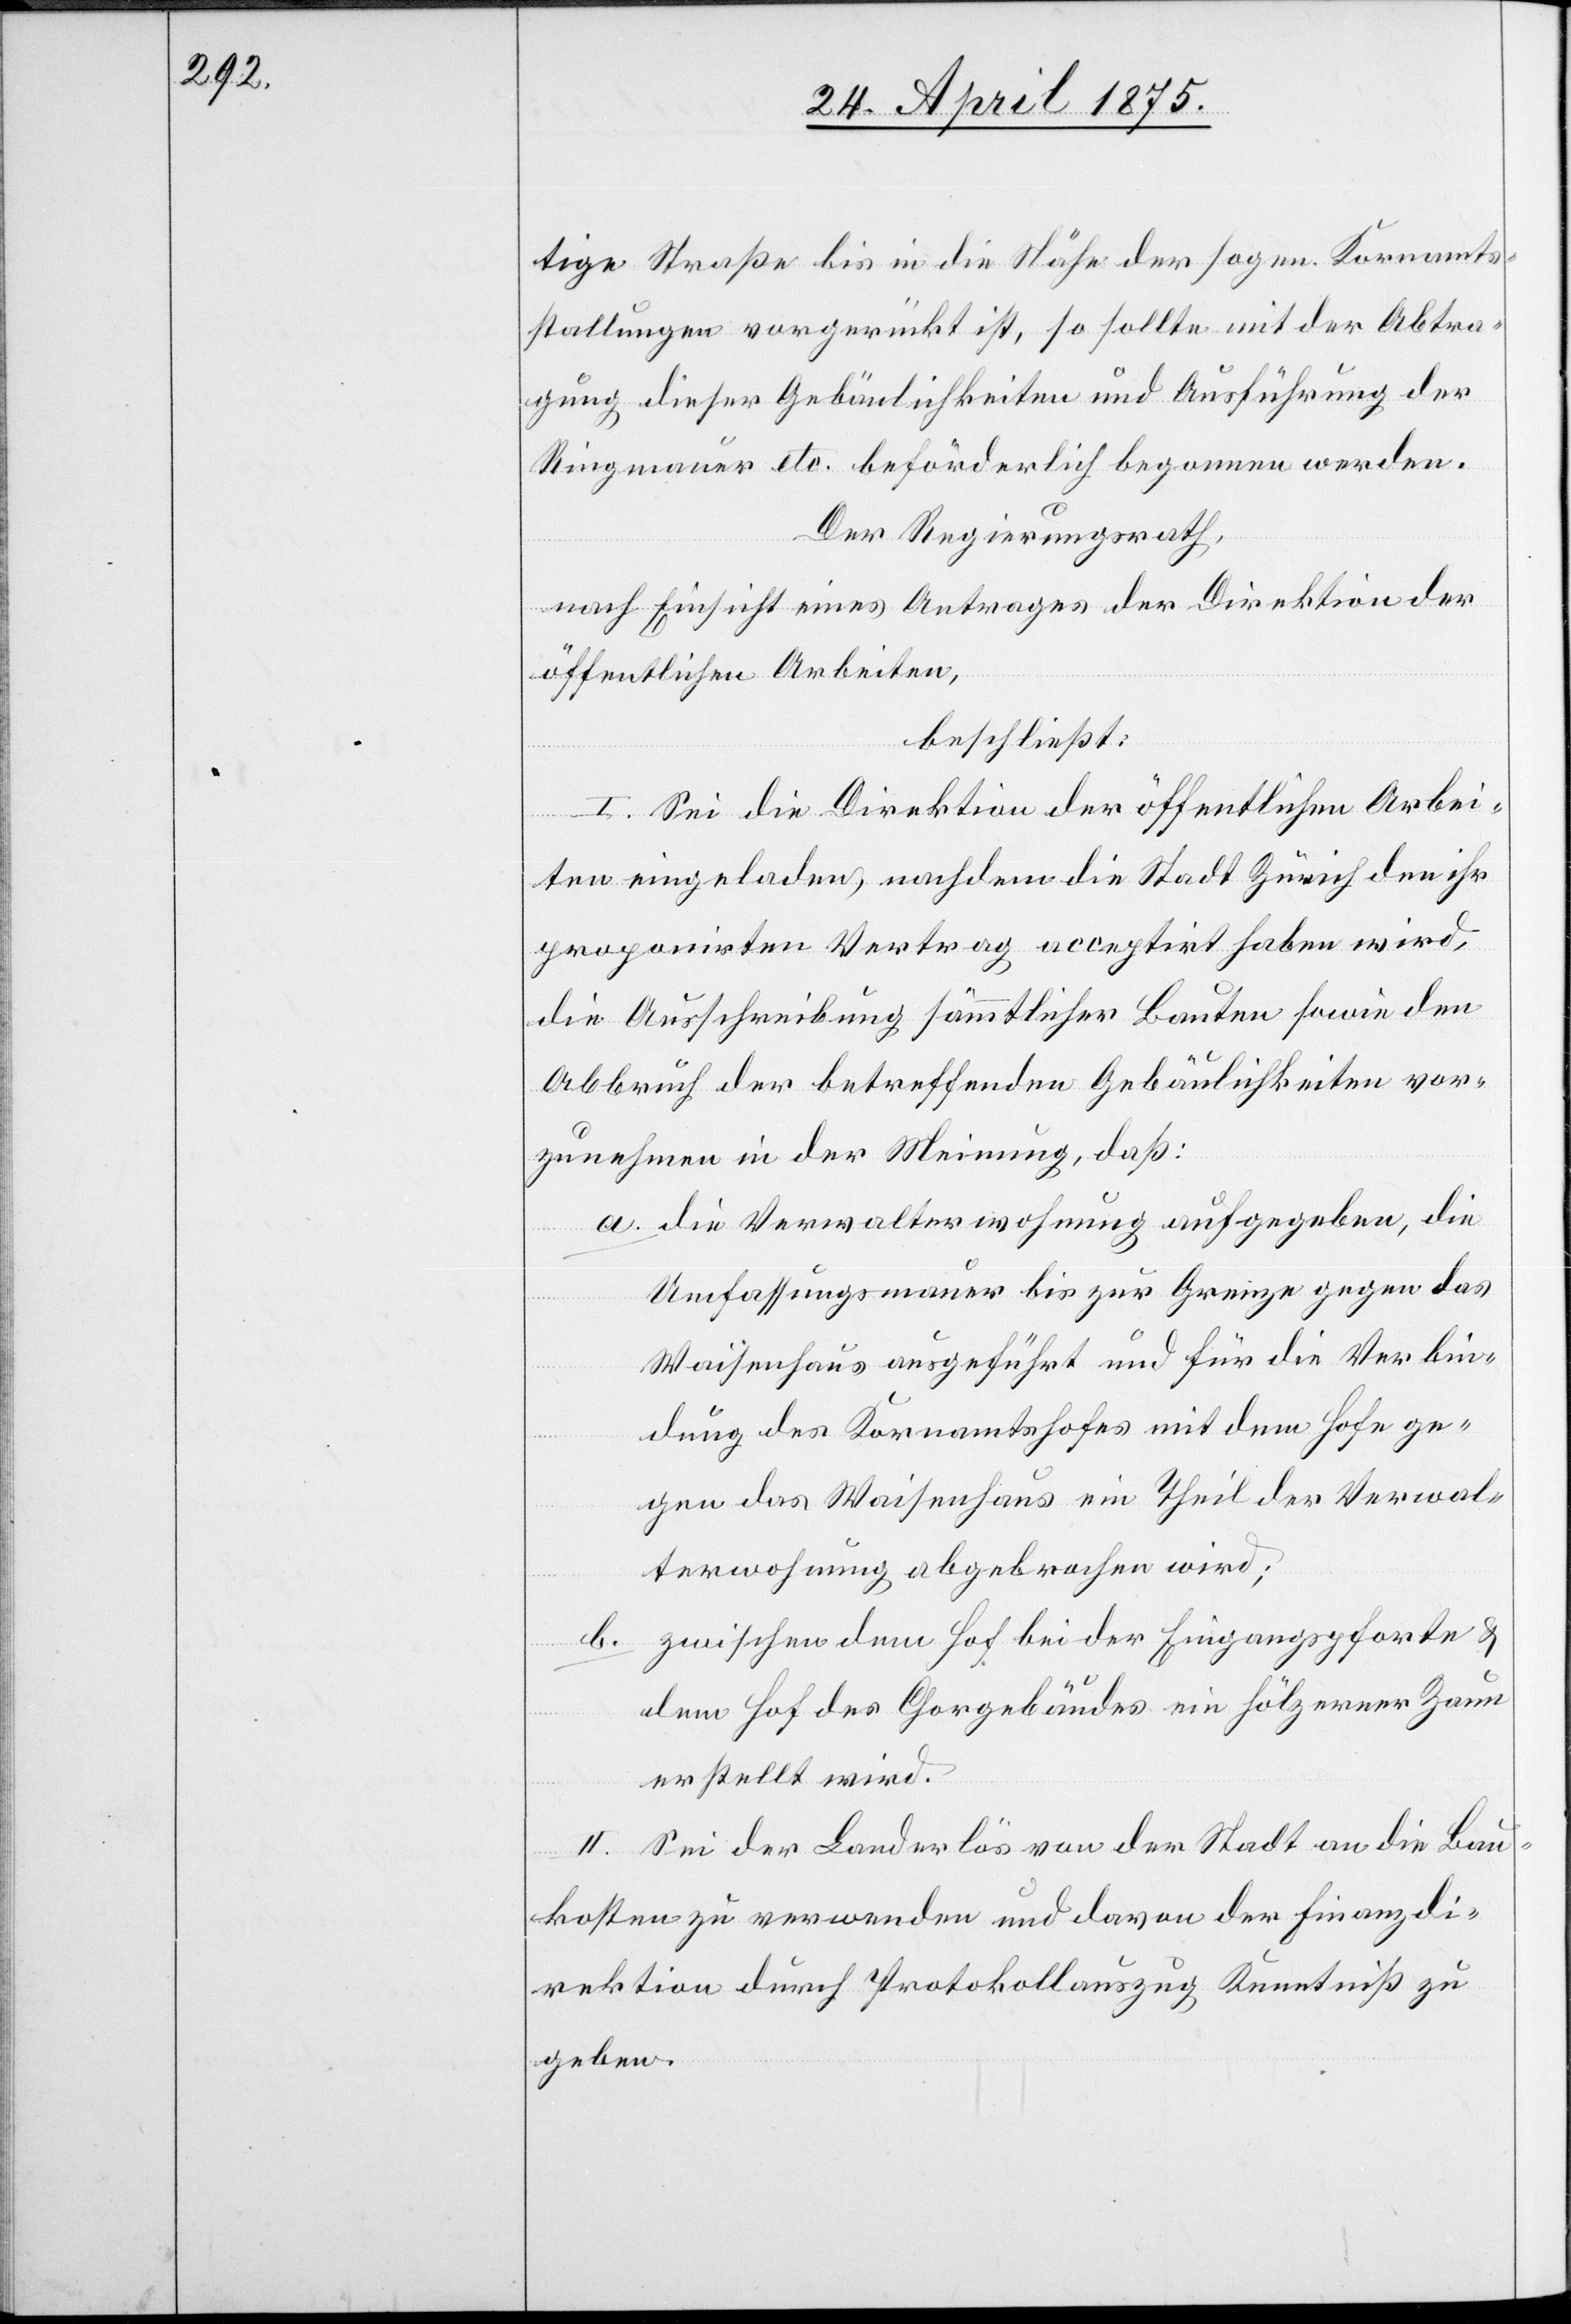
tige Straße bis in die Nähe der sogen. Kornamts¬
stallungen vorgerückt ist, so sollte mit der Abtra¬
gung dieser Gebäulichkeiten und Ausführung der
Ringmauer etc. beförderlich begonnen werden.
Der Regierungsrath,
nach Einsicht eines Antrages der Direktion der
öffentlichen Arbeiten,
beschließt:
I. Sei die Direktion der öffentlichen Arbei¬
ten eingeladen, nachdem die Stadt Zürich den ihr
proponirten Vertrag acceptirt haben wird,
die Ausschreibung sämmtlicher Bauten sowie den
Abbruch der betreffenden Gebäulichkeiten vor¬
zunehmen in der Meinung, daß:
a. die Verwalterwohnung aufgegeben, die
Umfassungsmauer bis zur Grenze gegen das
Waisenhaus ausgeführt und für die Verbin¬
dung des Kornamtshofes mit dem Hofe ge¬
gen das Waisenhaus ein Theil der Verwal¬
terwohnung abgebrochen wird;
zwischen dem Hof bei der Eingangspforte &
b.
dem Hof des Chorgebäudes ein hölzerner Zaun
erstellt wird.
II. Sei der Landerlös von der Stadt an die Bau¬
kosten zu verwenden und davon der Finanzdi¬
rektion durch Protokollauszug Kenntniß zu
geben.